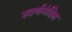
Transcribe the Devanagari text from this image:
स्वर्णमंडित